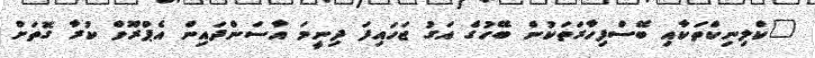
"ކްލިނިކްތަކާއި ބޭސްފިހާރަތަކުން ބޭހުގެ އަގު ޖަހައިފަ ދިނީމަ އާސަންދައިން އެޕްރޫވް ކުރާ ގޮތަށް